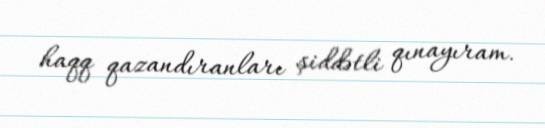
haqq qazandıranları şiddətli qınayıram.